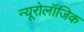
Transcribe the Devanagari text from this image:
न्यूरोलॉजिक